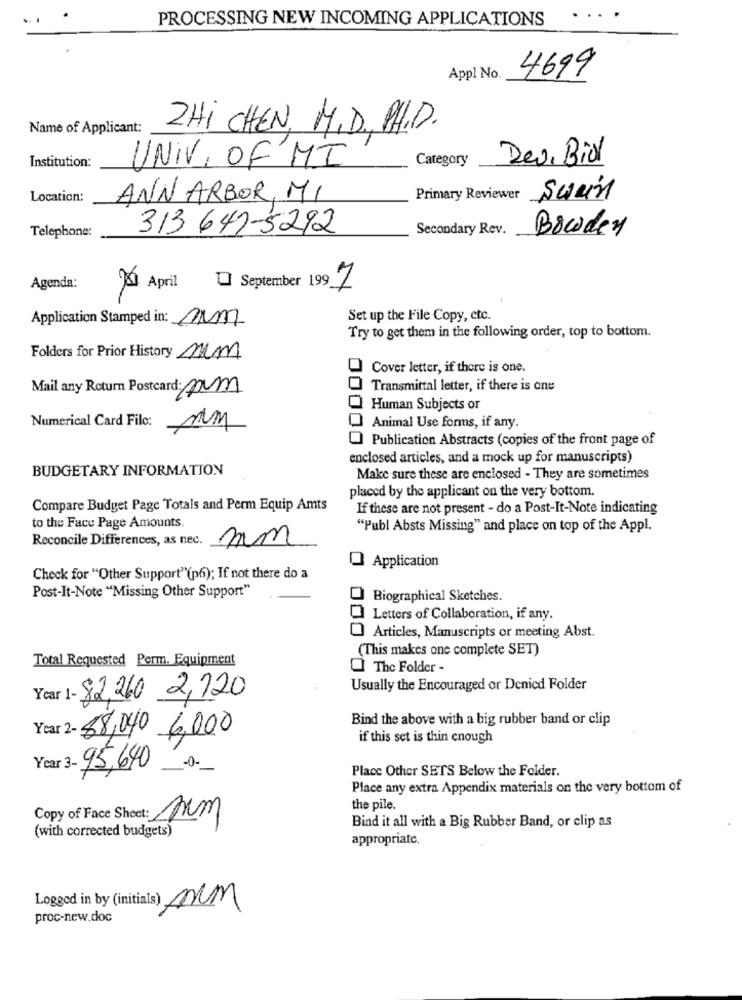
PROCESSING NEW INCOMING APPLICATIONS
...
Appl No.
4699
Name of Applicant:
ZHI CHEN, M.D ., PH.D.
Category
Dev. Biol
Institution:
UNIV. OF MI
Location:
ANN ARBOR, MI
Primary Reviewer Swen
313 647-5292
Secondary Rev.
Bowden
Telephone:
Agenda:
April
September 199_Z
Application Stamped in: Am
Set up the File Copy, etc.
Try to get them in the following order, top to bottom.
Folders for Prior History mim
Cover letter, if there is one.
Mail any Return Postcard: nm
Transmittal letter, if there is one
Human Subjects or
Numerical Card Filc:
mm
Animal Use forms, if any.
Publication Abstracts (copies of the front page of
enclosed articles, and a mock up for manuscripts)
BUDGETARY INFORMATION
Make sure these are enclosed - They are sometimes
placed by the applicant on the very bottom.
Compare Budget Page Totals and Perm Equip Amts
If these are not present - do a Post-It-Note indicating
to the Face Page Amounts.
"Publ Absts Missing" and place on top of the Appl.
Reconcile Differences, as nec.
mm
Application
Check for "Other Support"(p6); If not there do a
Post-It-Note "Missing Other Support"
Biographical Sketches.
Letters of Collaboration, if any.
Articles, Manuscripts or meeting Abst.
(This makes one complete SET)
Total Requested Perm. Equipment
The Folder -
Usually the Encouraged or Denied Folder
82,260 2,120
Bind the above with a big rubber band or clip
Year 2- 88,040 6,000
if this set is thin enough
95,640 -0-
Place Other SETS Below the Folder.
Place any extra Appendix materials on the very bottom of
the pile.
(with corrected budgets)
sim
Bind it all with a Big Rubber Band, or clip as
appropriate.
Logged in by (initials) mm
proc-new.doc